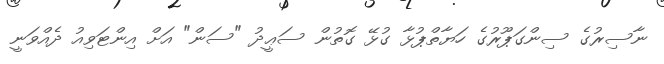
ނާސިރުގެ ސިންގަޕޫރުގެ ހަޔާތްޕުޅާ ގުޅޭ ގޮތުން ސަޢީދު "ސަން" އަށް އިންޓަވިއު ދެއްވަނީ